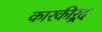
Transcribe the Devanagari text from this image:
कारकीऱ्र्द